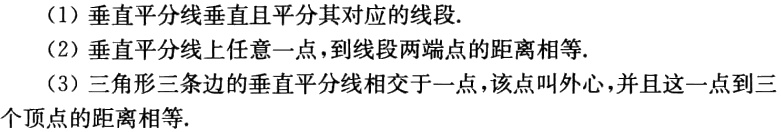
（1）垂直平分线垂直且平分其对应的线段.
（2）垂直平分线上任意一点，到线段两端点的距离相等.
（3）三角形三条边的垂直平分线相交于一点，该点叫外心，并且这一点到三个顶点的距离相等.